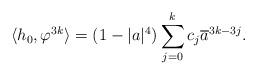
LaTeX: \begin{align*}\langle h_0,\varphi^{3k}\rangle=(1-|a|^4)\sum_{j=0}^{k}c_j\overline{a}^{3k-3j}.\end{align*}